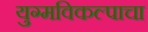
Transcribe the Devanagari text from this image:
युग्मविकल्पाचा